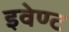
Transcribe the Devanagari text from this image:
इवेण्ट